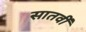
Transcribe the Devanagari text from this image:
सातवीँ